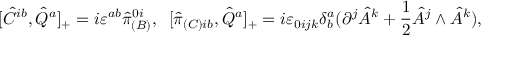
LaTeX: [ \hat { C } ^ { i b } , \hat { Q } ^ { a } ] _ { + } = i \varepsilon ^ { a b } \hat { \pi } _ { ( B ) } ^ { 0 i } , \; \; [ \hat { \pi } _ { ( C ) i b } , \hat { Q } ^ { a } ] _ { + } = i \varepsilon _ { 0 i j k } \delta _ { b } ^ { a } ( \partial ^ { j } \hat { A } ^ { k } + \frac { 1 } { 2 } \hat { A } ^ { j } \wedge \hat { A } ^ { k } ) ,